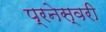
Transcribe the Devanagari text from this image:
प्रनेस्वरी